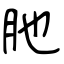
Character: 肔